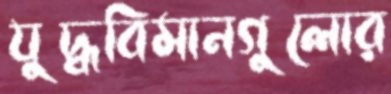
যুদ্ধবিমানগুলোর